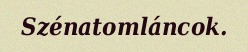
Szénatomláncok.